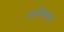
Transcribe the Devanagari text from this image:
बहिव्सार